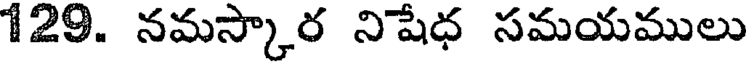
129. నమస్కార నిషేధ సమయములు